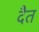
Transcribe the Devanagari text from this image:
दैत